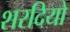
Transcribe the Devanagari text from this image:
शरदियो